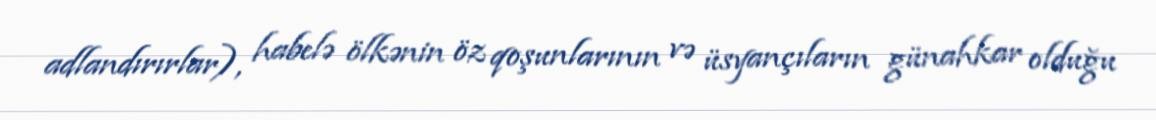
adlandırırlar), habelə ölkənin öz qoşunlarının və üsyançıların günahkar olduğu